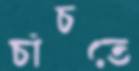
চাঁচতে